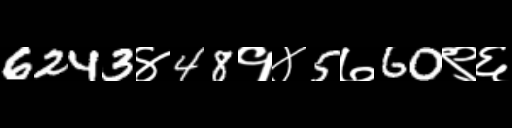
Text: 6243४48१४5७60९६